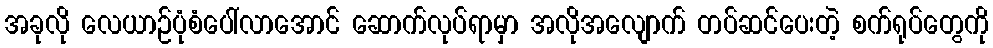
အခုလို လေယာဉ်ပုံစံပေါ်လာအောင် ဆောက်လုပ်ရာမှာ အလိုအလျောက် တပ်ဆင်ပေးတဲ့ စက်ရုပ်တွေကို